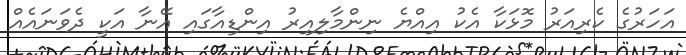
އަހަރުގެ ކެރިއަރު މޮޅަކާ އެކު އިއްޔެ ނިންމާލިއިރު އިންޑިއާގައި އޭނާ އަކީ ދެވަނައެއް